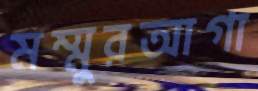
মম্মুরআগা